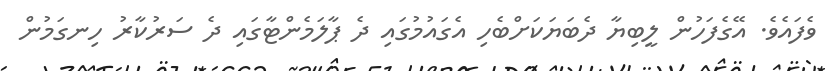
ވެފައެވެ. އޭގެފަހުން ލީބިޔާ ދެބަޔަކަށްބެހި އެގައުމުގައި ދެ ޕާލަމެންޓާގައި ދެ ސަރުކާރު ހިނގަމުން